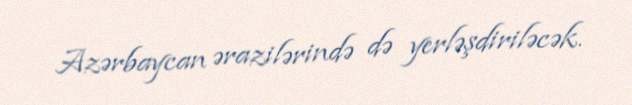
Azərbaycan ərazilərində də yerləşdiriləcək.